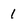
Character: 1